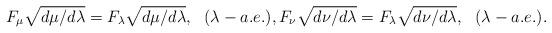
LaTeX: \begin{align*}F_\mu \sqrt{d\mu / d\lambda } = F_\lambda \sqrt{d\mu / d\lambda } ,\ \ (\lambda-a.e.), F_\nu \sqrt{d\nu / d\lambda } = F_\lambda \sqrt{d\nu / d\lambda } ,\ \ (\lambda-a.e.).\end{align*}